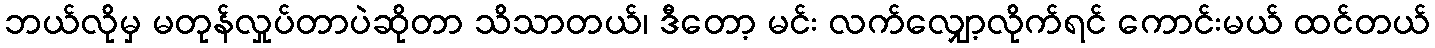
ဘယ်လိုမှ မတုန်လှုပ်တာပဲဆိုတာ သိသာတယ်၊ ဒီတော့ မင်း လက်လျှော့လိုက်ရင် ကောင်းမယ် ထင်တယ်